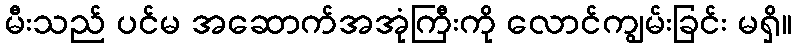
မီးသည် ပင်မ အဆောက်အအုံကြီးကို လောင်ကျွမ်းခြင်း မရှိ။